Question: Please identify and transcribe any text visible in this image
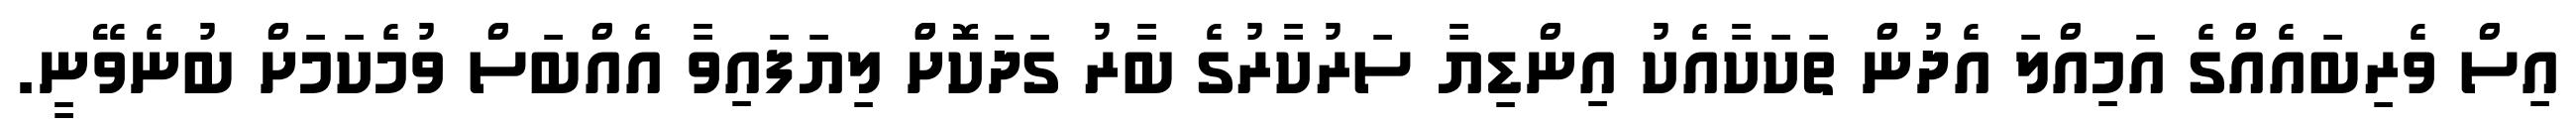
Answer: އިސް ވެރިބައެއްގެ އަމިއްލަ އެދުން ތަކަކާއެކު އިންޑިޔާ ސަރުކާރުގެ ބާރު ގަދަކޮށްް ލިޔަފައިވާ އެއްބަސް ވުމެކަމަށް ބުނެވޭނީ.